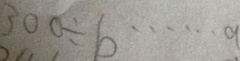
3 0 0 \div b \cdots a